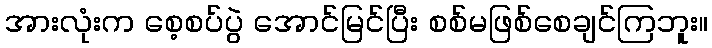
အားလုံးက စေ့စပ်ပွဲ အောင်မြင်ပြီး စစ်မဖြစ်စေချင်ကြဘူး။